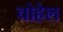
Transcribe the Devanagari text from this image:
चोहेल